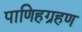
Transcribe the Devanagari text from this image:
पाणिहग्रहण